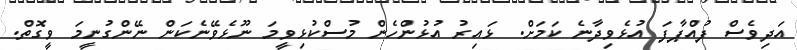
އަދިވެސް ފުއްޕާފަ އުޅެވިދާނެ ކަމަށް. ޅައިރު އުޅުންހެން މުސްކުޅިވީމަ ނޫޅެވޭނެކަން ނޭންގުނީމަ ވީގޮތް.